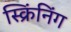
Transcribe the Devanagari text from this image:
स्क्रिंनिंग